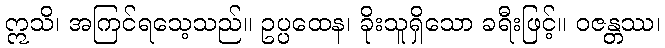
ဣသိ၊ အကြင်ရသေ့သည်။ ဥပ္ပထေန၊ ခိုးသူရှိသော ခရီးဖြင့်။ ဝဇန္တဿ၊